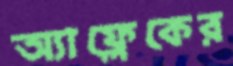
অ্যাফ্লেকের